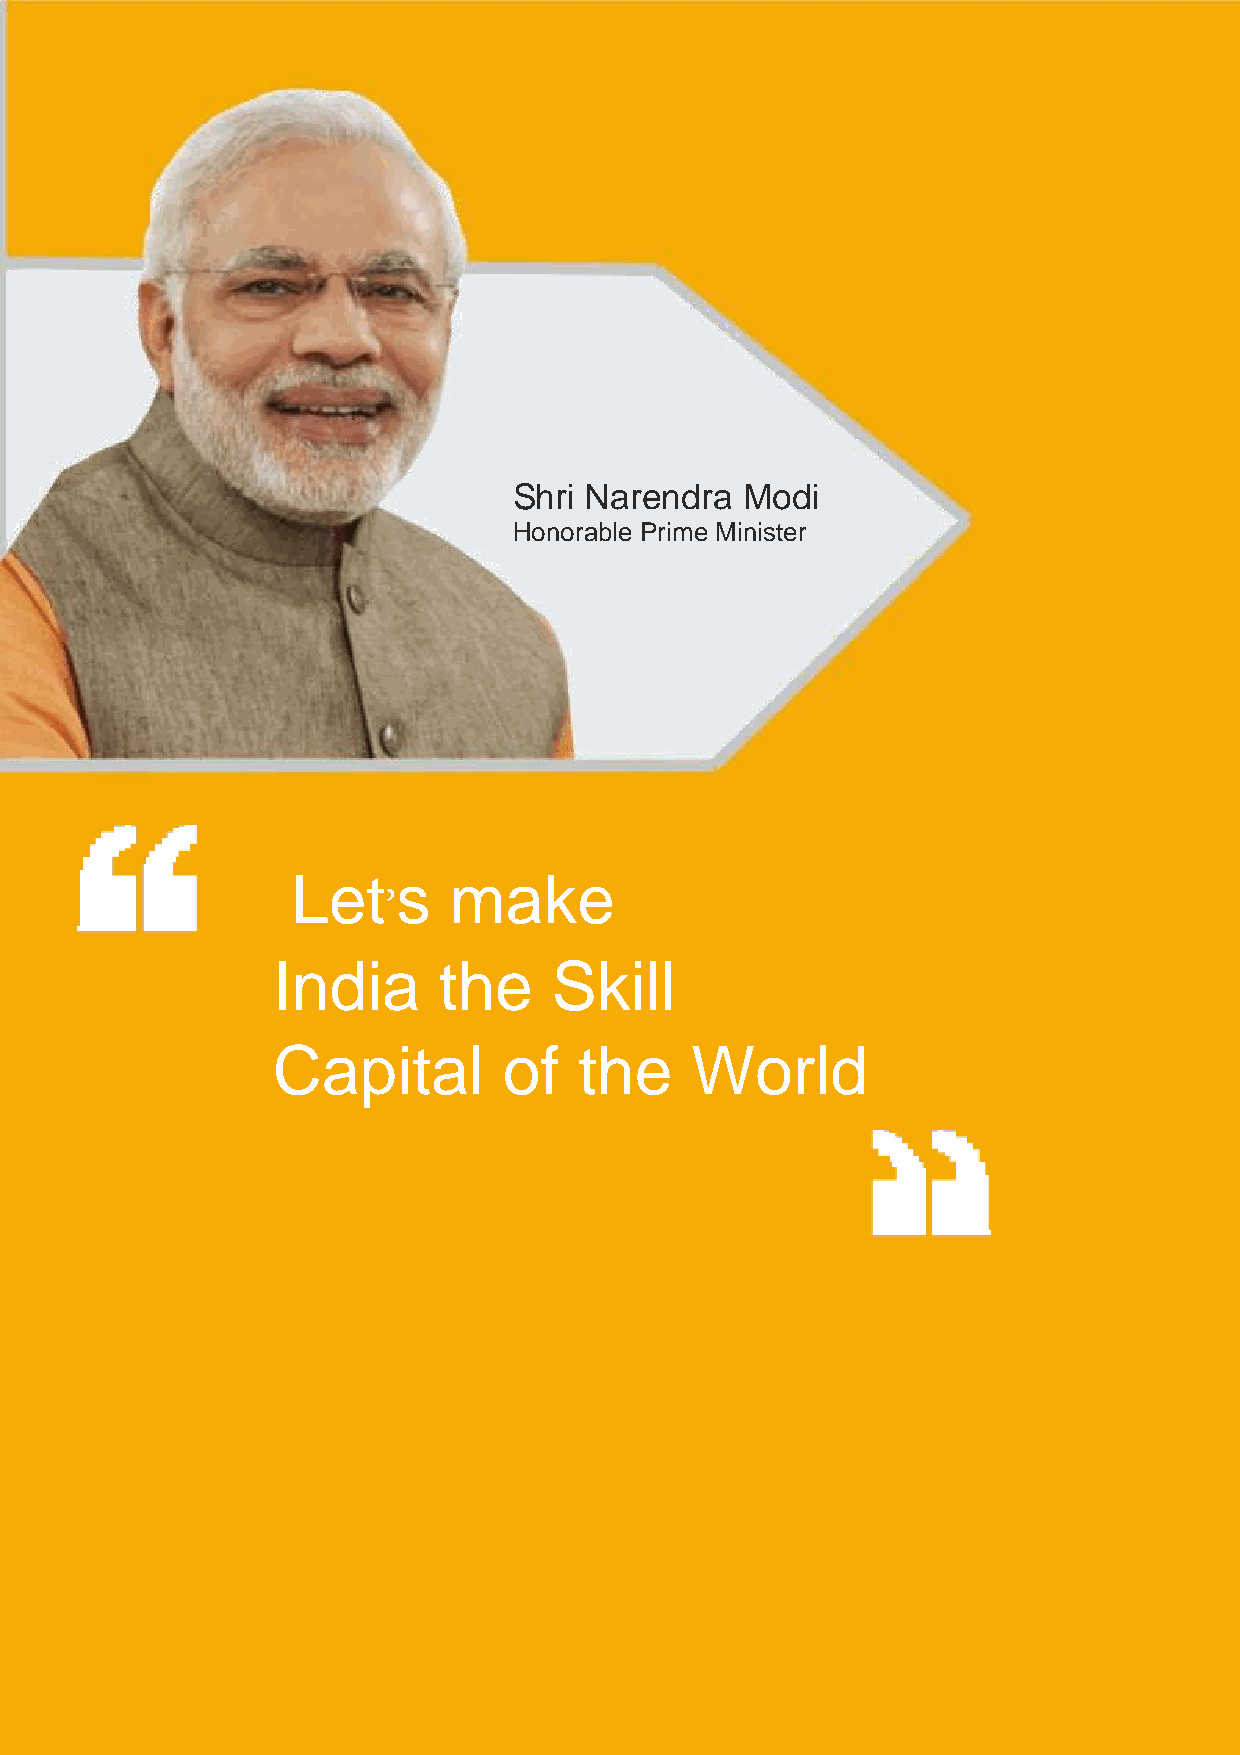
Shri Narendra  Modi
 Honorable Prime Minister
 Let    s   make
 India      the     Skill
 Capital        of   the     World